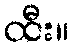
ထီး။